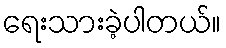
ရေးသားခဲ့ပါတယ်။